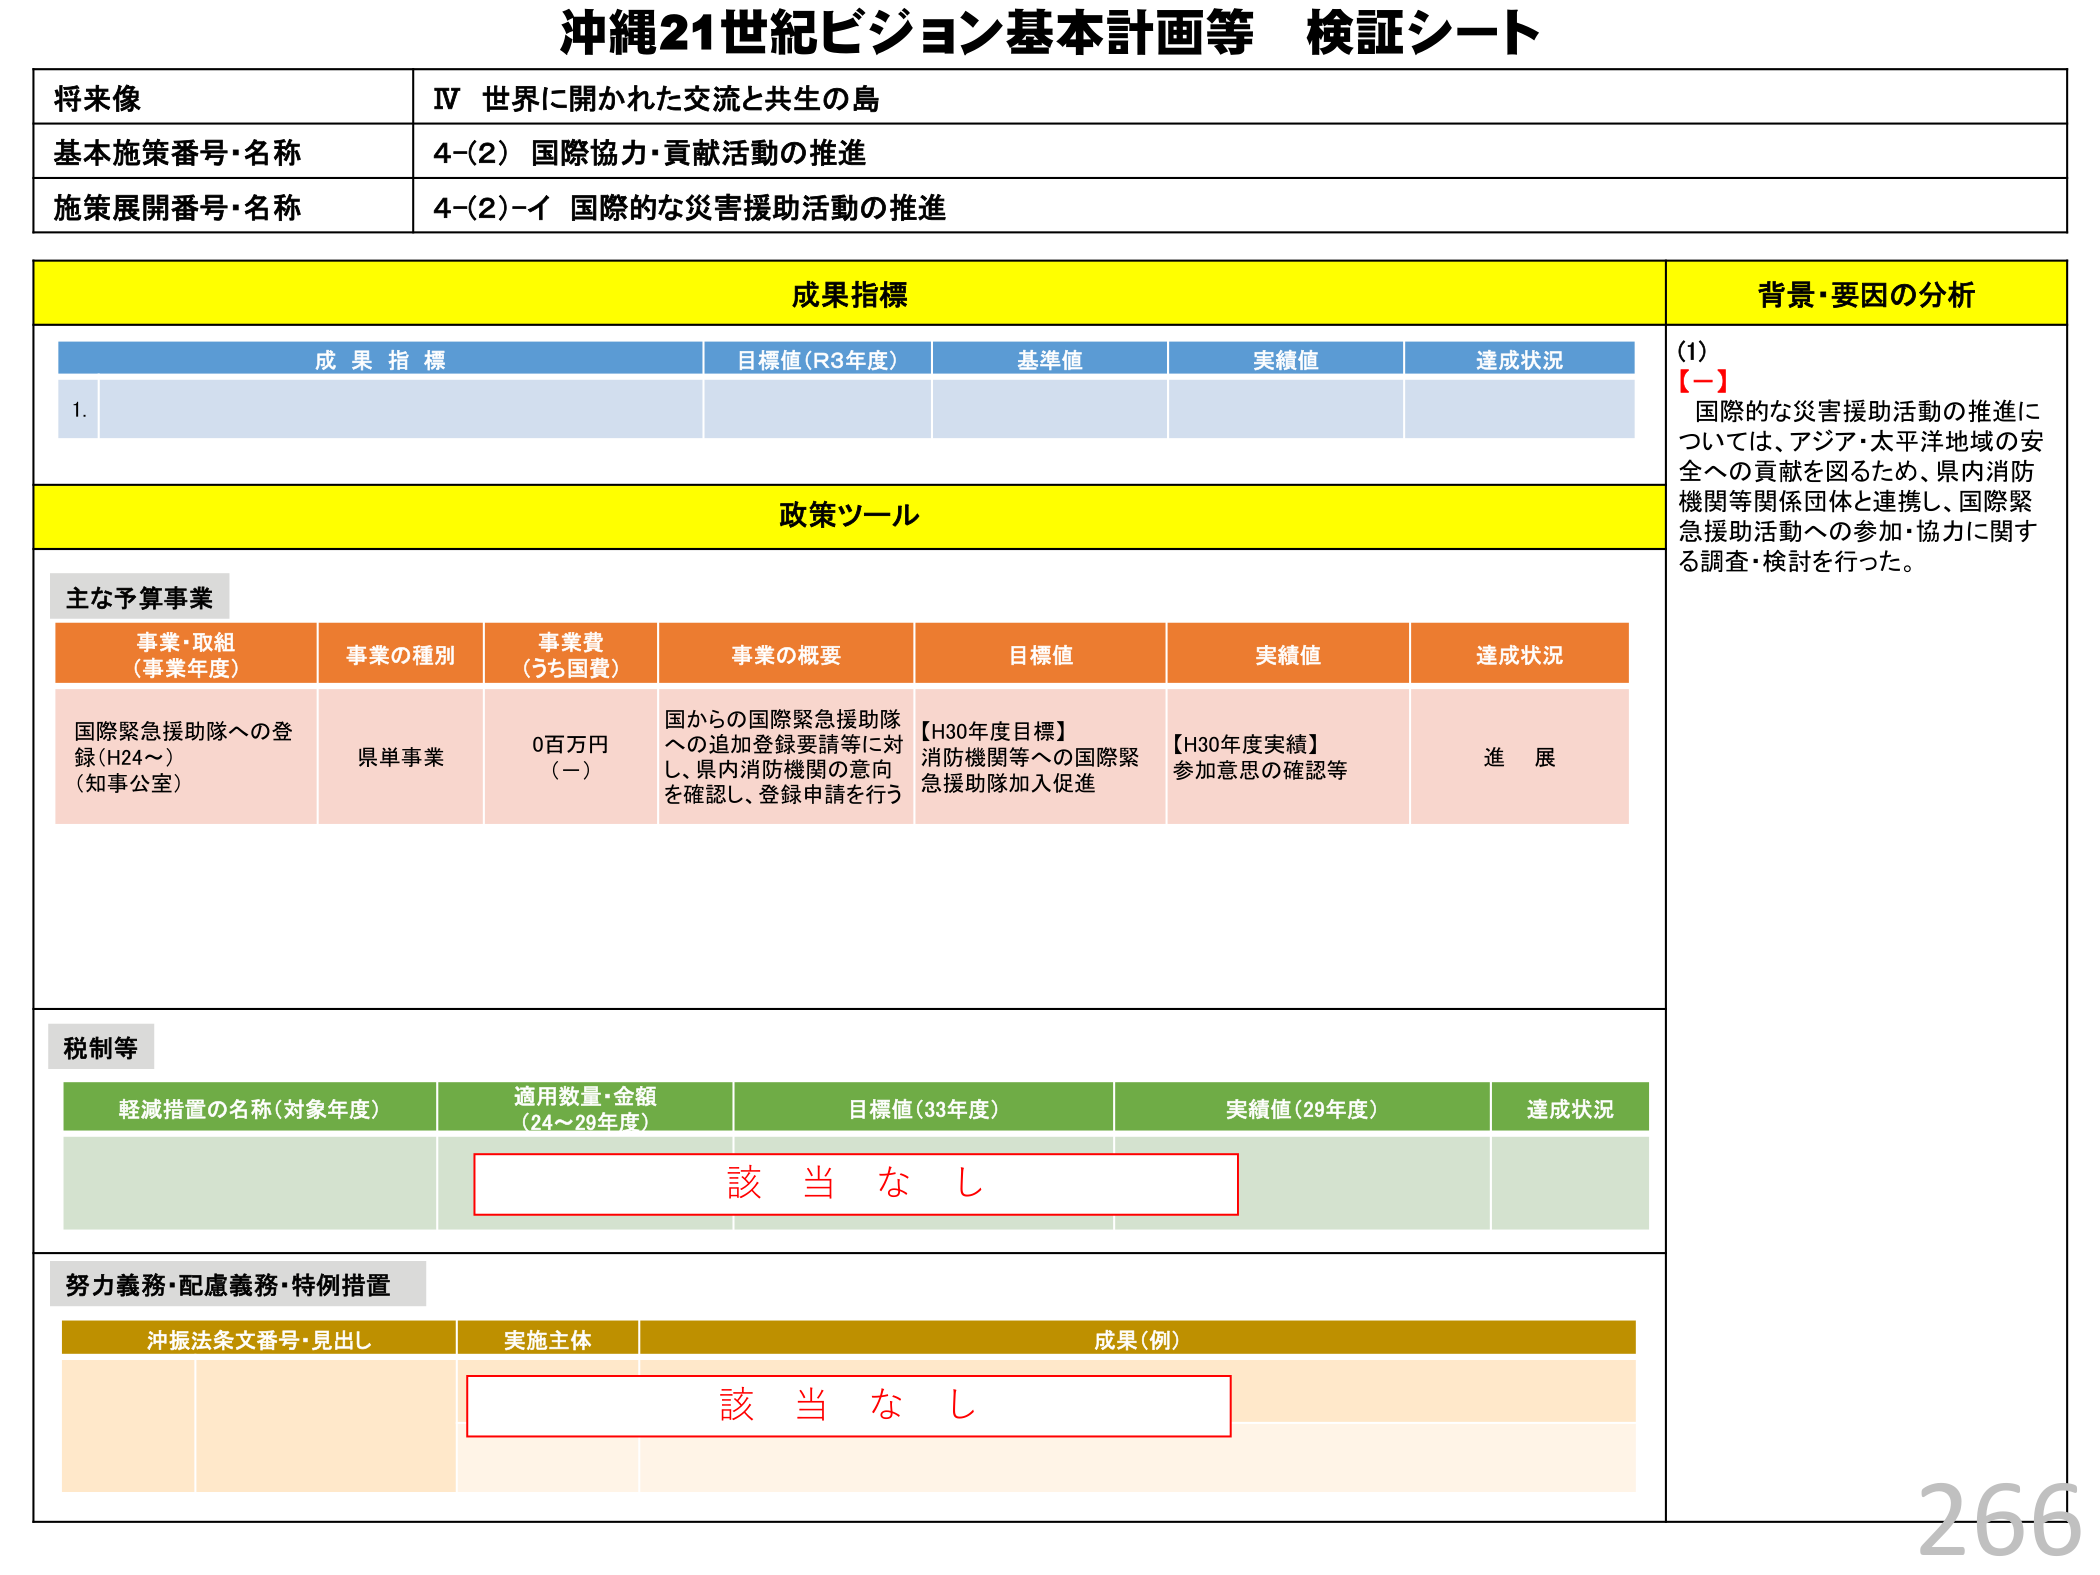
沖縄21世紀ビジョン基本計画等 検証シート

将来像
IV 世界に開かれた交流と共生の島

基本施策番号・名称
4-(2) 国際協力・貢献活動の推進

施策展開番号・名称
4-(2)-イ 国際的な災害援助活動の推進

成果指標
成果指標
目標値(R3年度)
基準値
実績値
達成状況
1.

政策ツール

主な予算事業
事業・取組
(事業年度)
事業の種別
事業費
(うち国費)
事業の概要
目標値
実績値
達成状況
国際緊急援助隊への登録(H24～)
(知事公室)
県単事業
0百万円
(－)
国からの国際緊急援助隊への追加登録要請等に対し、県内消防機関の意向を確認し、登録申請を行う
【H30年度目標】
消防機関等への国際緊急援助隊加入促進
【H30年度実績】
参加意思の確認等
進 展

税制等
軽減措置の名称(対象年度)
適用数量・金額
(24～29年度)
目標値(33年度)
実績値(29年度)
達成状況
該 当 な し

努力義務・配慮義務・特例措置
沖振法条文番号・見出し
実施主体
成果(例)
該 当 な し

背景・要因の分析
(1)
【一】
国際的な災害援助活動の推進については、アジア・太平洋地域の安全への貢献を図るため、県内消防機関等関係団体と連携し、国際緊急援助活動への参加・協力に関する調査・検討を行った。

266